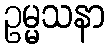
ဥမ္မသနာ